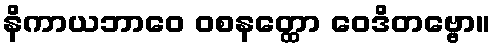
နိကာယဘာဝေ ဝစနတ္ထော ဝေဒိတဗ္ဗော။